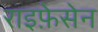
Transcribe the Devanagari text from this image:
राइफ़ेसेन